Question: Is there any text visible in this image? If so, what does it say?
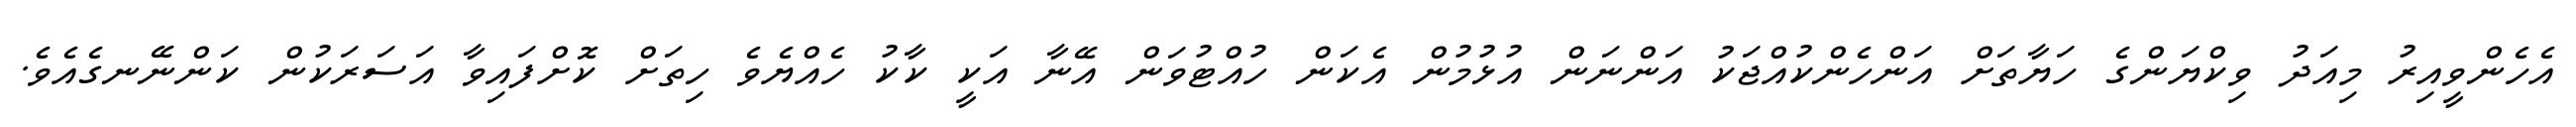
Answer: އެހެންވީއިރު މިއަދު ވިކްޔަންގެ ހަޔާތަށް އަންހެންކުއްޖަކު އަންނަން އުޅުމުން އެކަން ހުއްޓުވަން އޭނާ އަކީ ކާކު ހެއްޔެވެ ހިތަށް ކޮށްފައިވާ އަސަރަކުން ކަންނޭނގެއެވެ.